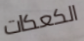
الكعكات